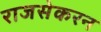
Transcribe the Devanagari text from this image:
राजसेकरन